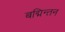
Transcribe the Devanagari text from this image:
बद्मिन्तन